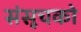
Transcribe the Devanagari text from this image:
संसूचको